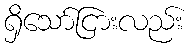
ရှိသော်ငြားလည်း